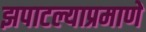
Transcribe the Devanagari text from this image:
झपाटल्याप्रमाणे